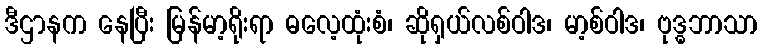
ဒီဌာနက နေပြီး မြန်မာ့ရိုးရာ ဓလေ့ထုံးစံ၊ ဆိုရှယ်လစ်ဝါဒ၊ မာ့စ်ဝါဒ၊ ဗုဒ္ဓဘာသာ